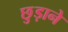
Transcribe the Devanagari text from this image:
छु़ड़ाने